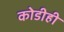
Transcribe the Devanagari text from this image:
कोडीही